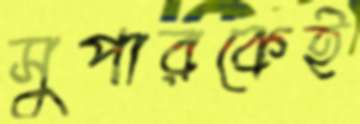
সুপারকেই